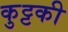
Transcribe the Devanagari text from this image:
कुट्टकी